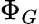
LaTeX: \Phi_{G}